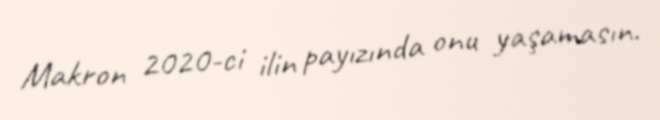
Makron 2020-ci ilin payızında onu yaşamasın.